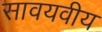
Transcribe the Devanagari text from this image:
सावयवीय